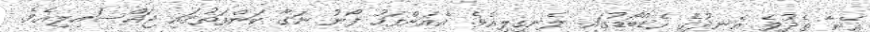
އޭނާ ތެދުވެ އެނދުގެ ހެޑްބޯޑުގައި ލެނގިލިއެވެ. އެއަށްފަހު ފޯނު ނަގާ ކަންފަތުގައި ޖައްސައިލިއެވެ.